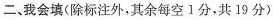
二、我会填(除标注外，其余每空Ⅰ分，共19分)